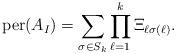
LaTeX: \begin{align*}{\rm per}(A_I)=\sum_{\sigma\in S_k} \prod_{\ell=1}^k \Xi_{\ell \sigma(\ell)}.\end{align*}